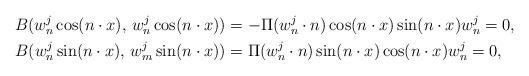
LaTeX: \begin{align*} B(w_n^j\cos(n \cdot x),\,w_n^j\cos(n \cdot x))&=-\Pi(w_n^j\cdot n)\cos(n \cdot x)\sin(n \cdot x)w_n^j=0,\\ B(w_n^j\sin(n \cdot x),\,w_m^j\sin(n \cdot x))&=\Pi(w_n^j\cdot n)\sin(n \cdot x)\cos(n \cdot x)w_n^j=0,\end{align*}